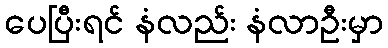
ပေပြီးရင် နံလည်း နံလာဦးမှာ